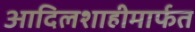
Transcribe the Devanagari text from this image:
आदिलशाहीमार्फत